Report on vaccination in Madras 1922-1929 - 1922-1929
Year: 1922
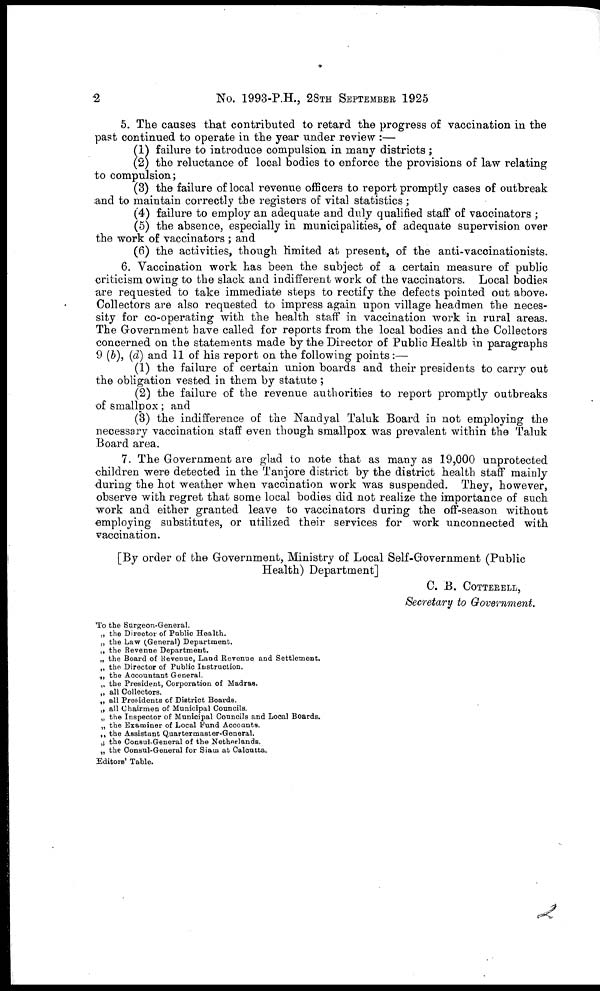
2
No. 1993-P.H., 28TH SEPTEMBER 1925
5. The causes that contributed to retard the progress of vaccination in the
past continued to operate in the year under review :—
(1) failure to introduce compulsion in many districts ;
(2) the reluctance of local bodies to enforce the provisions of law relating
to compulsion;
(3) the failure of local revenue officers to report promptly cases of outbreak
and to maintain correctly the registers of vital statistics ;
(4) failure to employ an adequate and duly qualified staff of vaccinators ;
(5) the absence, especially in municipalities, of adequate supervision over
the work of vaccinators ; and
(6) the activities, though limited at present, of the anti-vaccinationists.
6. Vaccination work has been the subject of a certain measure of public
criticism owing to the slack and indifferent work of the vaccinators. Local bodies
are requested to take immediate steps to rectify the defects pointed out above.
Collectors are also requested to impress again upon village headmen the neces-
sity for co-operating with the health staff in vaccination work in rural areas.
The Government have called for reports from the local bodies and the Collectors
concerned on the statements made by the Director of Public Health in paragraphs
9 (b), (d) and 11 of his report on the following points:—
(1) the failure of certain union boards and their presidents to carry out
the obligation vested in them by statute;
(2) the failure of the revenue authorities to report promptly outbreaks
of smallpox; and
(3) the indifference of the Nandyal Taluk Board in not employing the
necessary vaccination staff even though smallpox was prevalent within the Taluk
Board area.
7. The Government are glad to note that as many as 19,000 unprotected
children were detected in the Tanjore district by the district health staff mainly
during the hot weather when vaccination work was suspended. They, however,
observe with regret that some local bodies did not realize the importance of such
work and either granted leave to vaccinators during the off-season without
employing substitutes, or utilized their services for work unconnected with
vaccination.
[By order of the Government, Ministry of Local Self-Government (Public
Health) Department]
C. B. COTTERELL,
Secretary to Government.
To the Surgeon-General.
„ the Director of Public Health.
„ the Law (General) Department.
„ the Revenue Department.
„ the Board of Revenue, Land Revenue and Settlement.
„ the Director of Public Instruction.
„ the Accountant General.
„ the President, Corporation of Madras.
„ all Collectors.
„ all Presidents of District Boards.
„ all Chairmen of Municipal Councils.
„ the Inspector of Municipal Councils and Local Boards.
„ the Examiner of Local Fund Accounts.
„ the Assistant Quartermaster-General.
„ the Consul-General of the Netherlands.
„ the Consul-General for Siam at Calcutta.
Editors' Table.